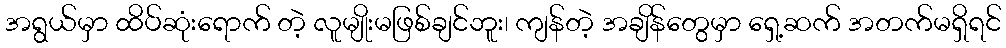
အရွယ်မှာ ထိပ်ဆုံးရောက် တဲ့ လူမျိုးမဖြစ်ချင်ဘူး၊ ကျန်တဲ့ အချိန်တွေမှာ ရှေ့ဆက် အတက်မရှိရင်